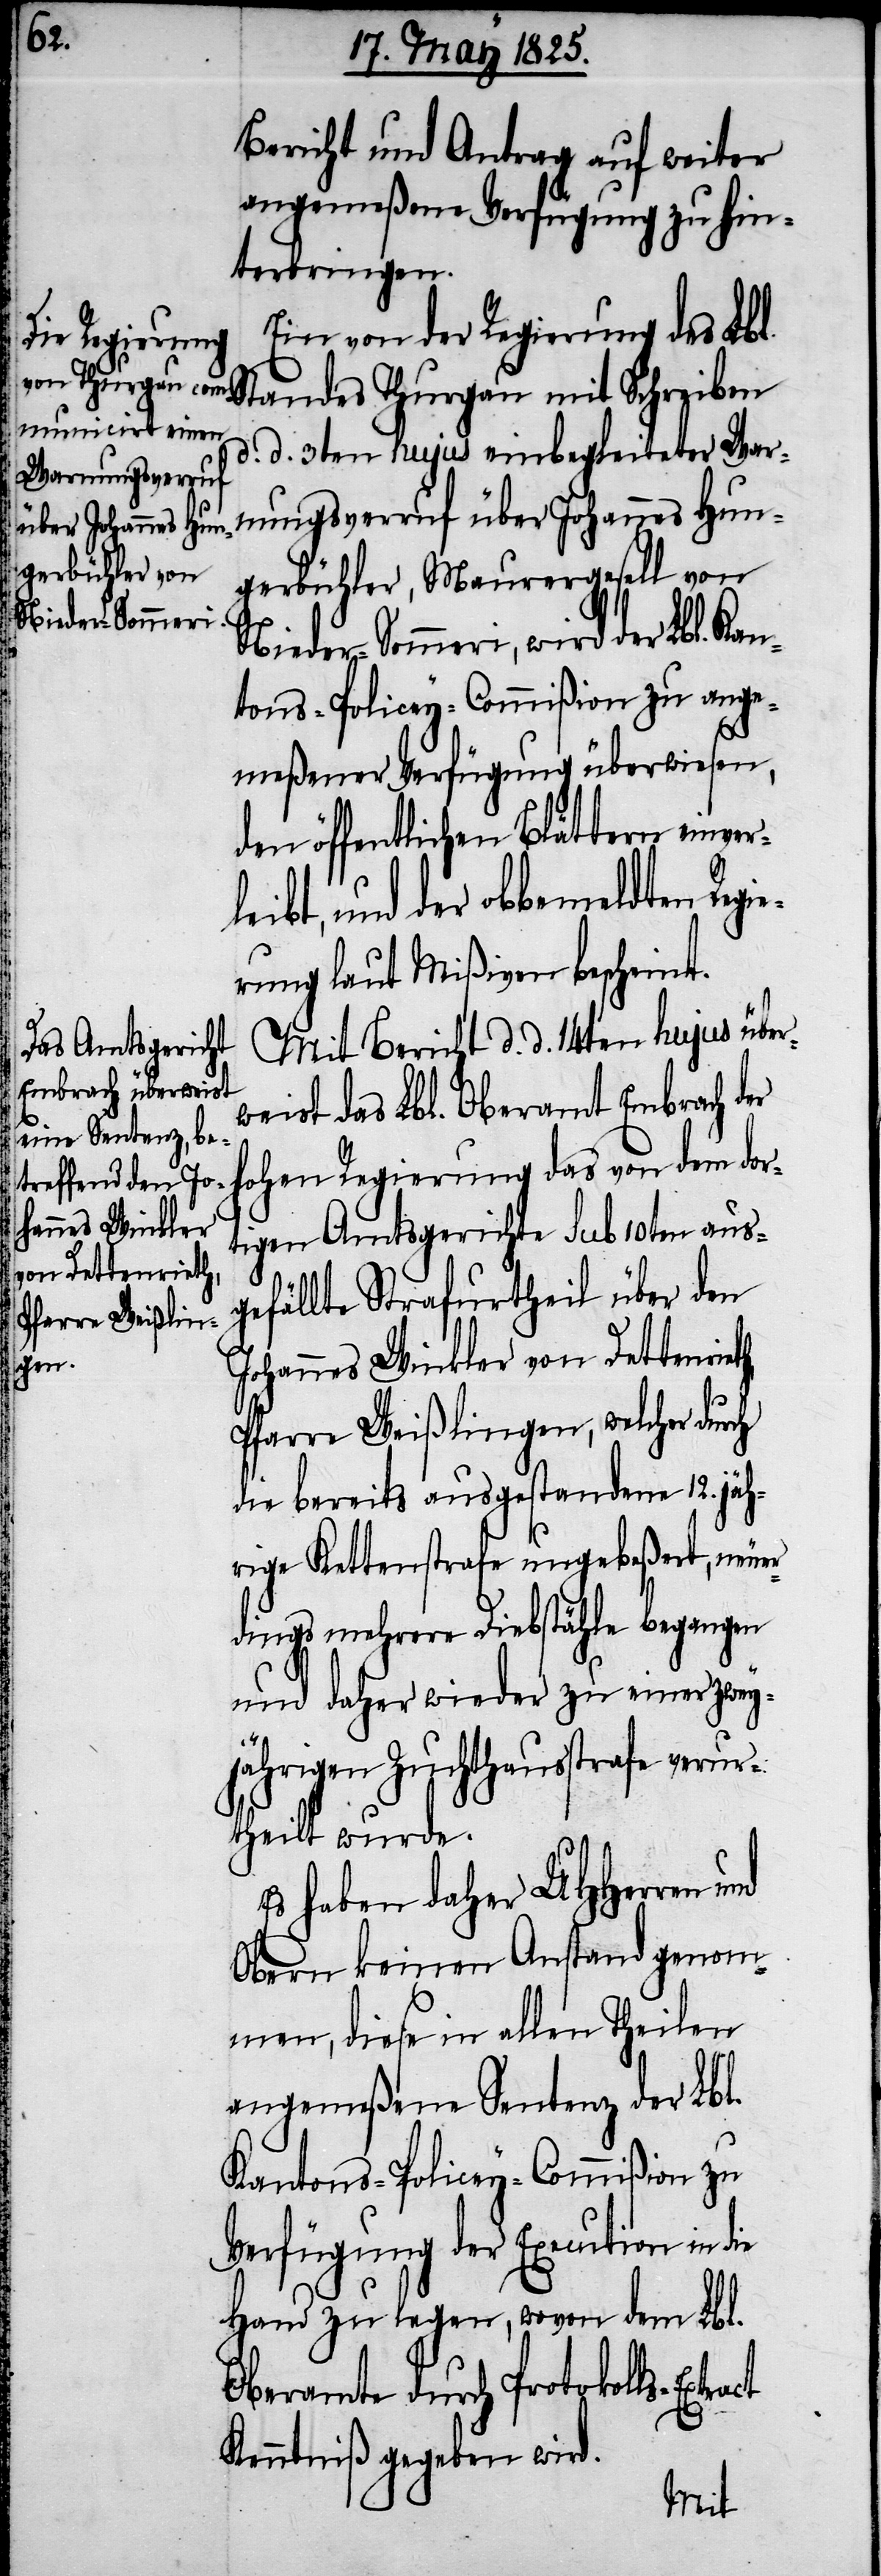
Bericht und Antrag auf weiter
angemeßene Verfügung zu hin¬
terbringen.
Ein von der Regierung des Lbl.
Standes Thurgau mit Schreiben
d. d. 3ten hujus einbegleiteter War¬
nungsverruf über Johannes Hun¬
gerbühler, Maurergesell von
Nieder-Sommeri, wird der Lbl. Kan¬
tons-Policey-Commißion zu ange¬
meßener Verfügung überwiesen,
den öffentlichen Blättern einver¬
leibt, und der obbemeldten Regi¬
erung laut Mißiven bescheint.
Mit Bericht d. d. 14ten hujus über¬
weist das Lbl. Oberamt Embrach der
hohen Regierung das von dem dor¬
hannes Winkler
tigen Amtsgerichte sub 10ten aus¬
von Dettenrieth,
gefällte Strafurtheil über den
Pfarre Weißlingen, welcher durch
die bereits ausgestandene 12. jäh¬
rige Kettenstrafe ungebeßert, neuer¬
dings mehrere Diebstähle begangen
und daher wieder zu einer zwey¬
jährigen Zuchthausstrafe verur¬
theilt wurde.
Es haben daher UHHerren
Obern keinen Anstand genom¬
men, diese in allen Theilen
angemeßene Sentenz der Lbl.
Kantons-Policey-Commißion zur
Verfügung der Execution in
Hand zu legen, wovon dem Lbl.
Oberamte durch Protokolls-Extr¬
Kenntniß gegeben wird.
act